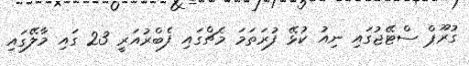
ގުރޫޕް ސްޓޭޖުގައި ނިއު ކުޅޭ ފުރަތަމަ މެޗްގައި ފެބްރުއަރީ 23 ގައި މާލޭގައި